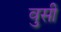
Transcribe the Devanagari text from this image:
वुसी